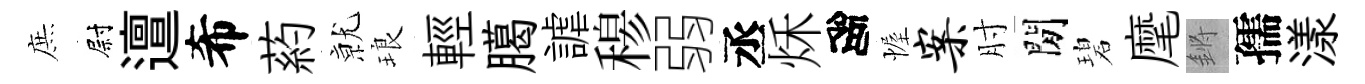
庶尉邅希葯𭕒琅輕臈謔𥠇弱丞秌高幄案肘閒碧麾鏘孺漾